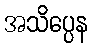
အသိပ္ပေန